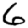
Digit: 6